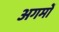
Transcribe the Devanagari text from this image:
अगमों